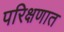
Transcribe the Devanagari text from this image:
परिक्षणात